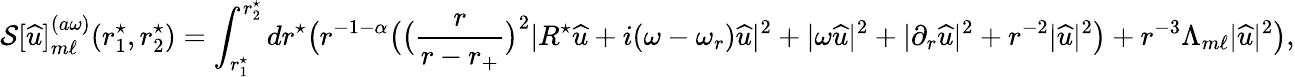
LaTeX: \mathcal{S}[{\widehat{u}}]_{m\ell}^{(a\omega)}(r_{1}^{\star},r_{2}^{\star})=\int_{r_{1}^{\star}}^{r_{2}^{\star}}dr^{\star}\big(r^{-1-\alpha}\big(\big(\frac{r}{r-r_{+}}\big)^{2}|R^{\star}{\widehat{u}}+i(\omega-\omega_{r}){\widehat{u}}|^{2}+|\omega{\widehat{u}}|^{2}+|\partial_{r}{\widehat{u}}|^{2}+r^{-2}|{\widehat{u}}|^{2}\big)+r^{-3}\Lambda_{m\ell}|{\widehat{u}}|^{2}\big),